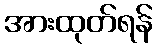
အားထုတ်ရန်